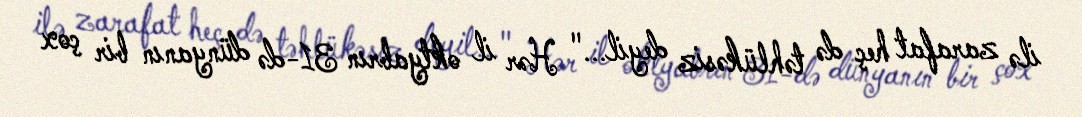
ilə zarafat heç də təhlükəsiz deyil..." Hər il oktyabrın 31-də dünyanın bir çox